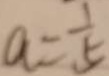
a = \frac { 1 } { 5 }